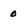
Character: 0